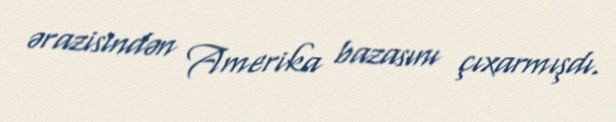
ərazisindən Amerika bazasını çıxarmışdı.